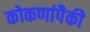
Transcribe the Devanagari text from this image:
कोकणांपैकी